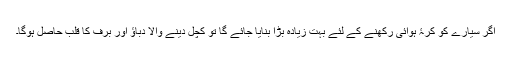
اگر سیارے کو کرۂ ہوائی رکھنے کے لئے بہت زیادہ بڑا بنایا جائے گا تو کچل دینے والا دباؤ اور برف کا قلب حاصل ہوگا۔